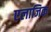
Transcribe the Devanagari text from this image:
एलाजिक